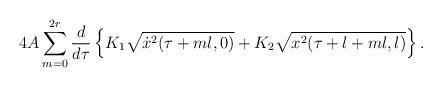
LaTeX: \begin{align*}4A \sum_{m=0}^{2r}\frac{d}{d \tau}\left\{K_1 \sqrt{\dot x^2(\tau+ml,0)}+K_2 \sqrt{x^2(\tau+l+ml,l)}\right\}.\end{align*}